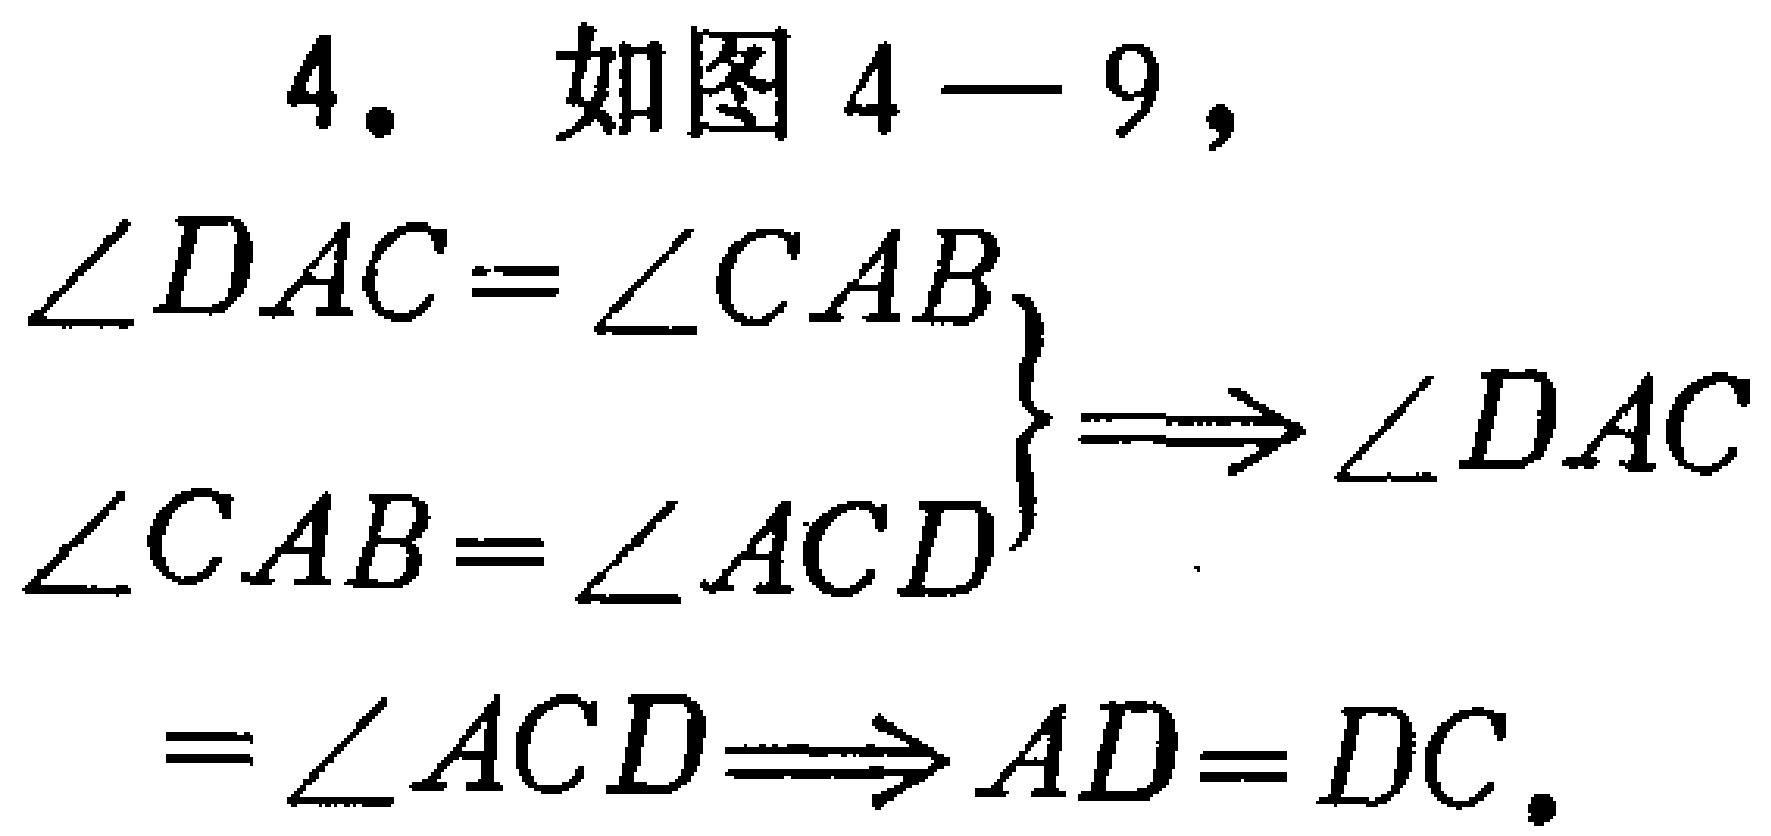
4. 如图4—9，

\(\begin{cases}

\angle DAC = \angle CAB \\

\angle CAB=\angle ACD

\end{cases}\Rightarrow \angle DAC=\angle ACD\Rightarrow AD = DC\)